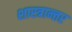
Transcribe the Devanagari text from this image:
शास्त्रान्तर